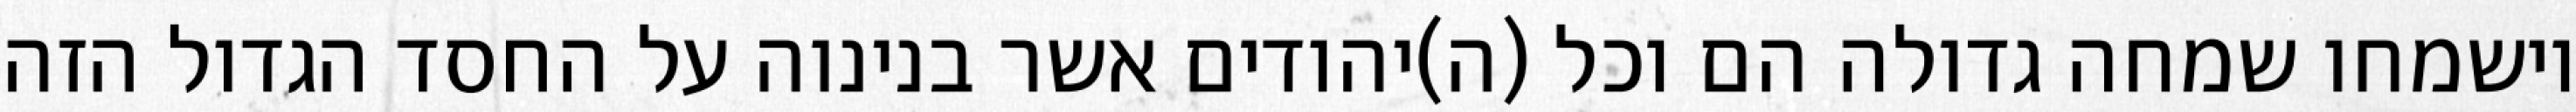
וישמחו שמחה גדולה הם וכל (ה)יהודים אשר בנינוה על החסד הגדול הזה